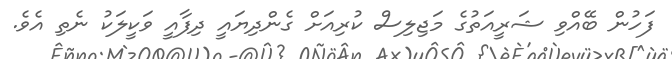
ފަހުން ބޭއްވި ޝަރީއަތުގެ މަޖިލިސް ކުރިއަށް ގެންދިޔައީ ދިފާއީ ވަކީލަކު ނެތި އެވެ.